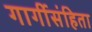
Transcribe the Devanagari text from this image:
गार्गीसंहिता